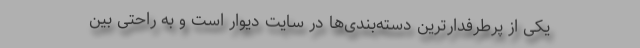
یکی از پرطرفدارترین دسته‌بندی‌ها در سایت دیوار است و به راحتی بین